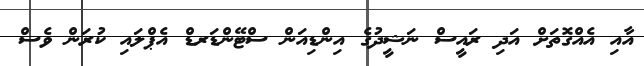
އާއި އެއްގޮތަށް އަދި ރައީސް ނަޝީދުގެ އިންޑިއަން ސްޓޭންޑަރޑް އެޕްލައި ކުރަން ވެސް